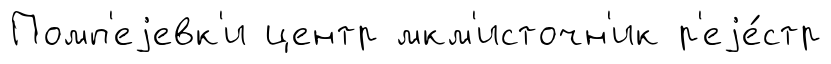
Помп'еjевк'и центр мкм'источн'ик р'еjе́стр